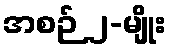
အစဉ် ၂-မျိုး